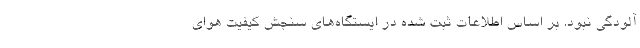
آلودگی نبود. بر اساس اطلاعات ثبت شده در ایستگاه‌های سنجش کیفیت هوای